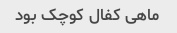
ماهی کفال کوچک بود